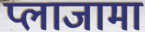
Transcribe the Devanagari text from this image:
प्लाजामा